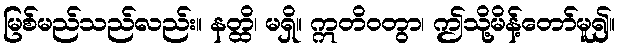
မြစ်မည်သည်လည်း။ နတ္ထိ၊ မရှိ။ ဣတိဝတွာ၊ ဤသို့မိန့်တော်မူ၍။